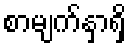
စာမျက်နှာရှိ